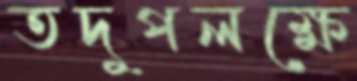
তদুপলক্ষে